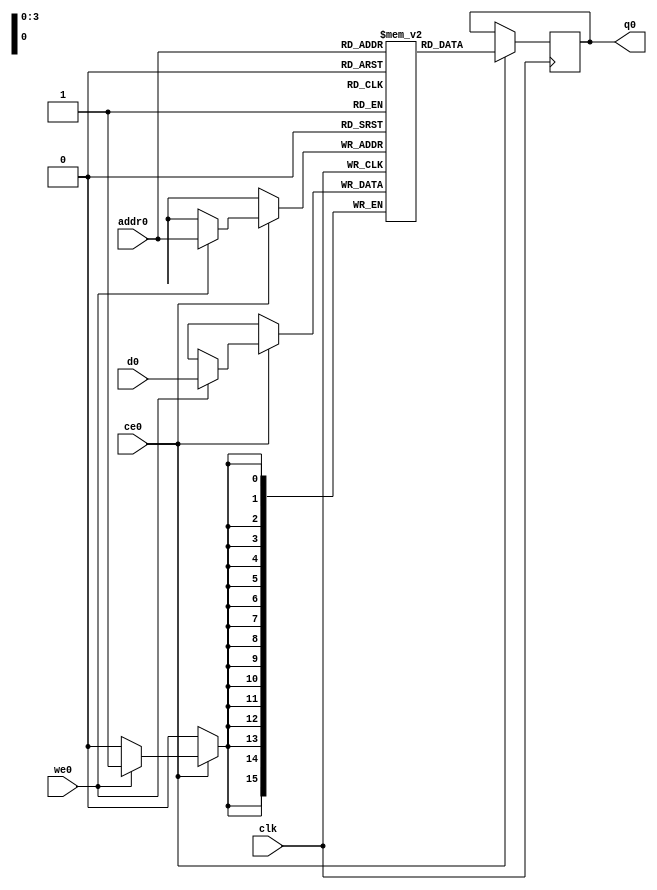
// ==============================================================
// Vivado(TM) HLS - High-Level Synthesis from C, C++ and SystemC v2019.2 (64-bit)
// Copyright 1986-2019 Xilinx, Inc. All Rights Reserved.
// ==============================================================
`timescale 1 ns / 1 ps
module cnnshift_arr_ap_fixed_ap_fixed_16_5_5_3_0_config3_s_tmpincud_ram (addr0, ce0, d0, we0, q0,  clk);

parameter DWIDTH = 16;
parameter AWIDTH = 4;
parameter MEM_SIZE = 15;

input[AWIDTH-1:0] addr0;
input ce0;
input[DWIDTH-1:0] d0;
input we0;
output reg[DWIDTH-1:0] q0;
input clk;

(* ram_style = "distributed" *)reg [DWIDTH-1:0] ram[0:MEM_SIZE-1];




always @(posedge clk)  
begin 
    if (ce0) begin
        if (we0) 
            ram[addr0] <= d0; 
        q0 <= ram[addr0];
    end
end


endmodule

`timescale 1 ns / 1 ps
module cnnshift_arr_ap_fixed_ap_fixed_16_5_5_3_0_config3_s_tmpincud(
    reset,
    clk,
    address0,
    ce0,
    we0,
    d0,
    q0);

parameter DataWidth = 32'd16;
parameter AddressRange = 32'd15;
parameter AddressWidth = 32'd4;
input reset;
input clk;
input[AddressWidth - 1:0] address0;
input ce0;
input we0;
input[DataWidth - 1:0] d0;
output[DataWidth - 1:0] q0;



cnnshift_arr_ap_fixed_ap_fixed_16_5_5_3_0_config3_s_tmpincud_ram cnnshift_arr_ap_fixed_ap_fixed_16_5_5_3_0_config3_s_tmpincud_ram_U(
    .clk( clk ),
    .addr0( address0 ),
    .ce0( ce0 ),
    .we0( we0 ),
    .d0( d0 ),
    .q0( q0 ));

endmodule